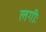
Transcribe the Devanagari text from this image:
लगीः